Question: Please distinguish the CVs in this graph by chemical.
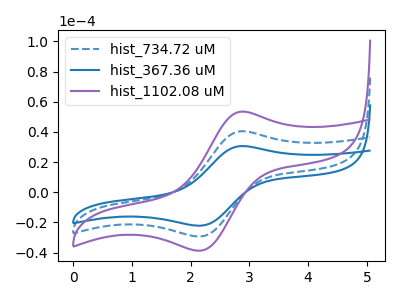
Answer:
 <answer>The blue dashed curve is labeled "hist_734.72 uM". The blue curve is labeled "hist_367.36 uM". The purple curve is labeled "hist_1102.08 uM".</answer>
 <eval></eval>